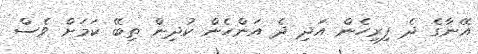
އޭނާގެ ދެ ފިރިހެން އަދި ދެ އަންހެން ކުދިން ތިބޭ ކަމަށް ވެސް